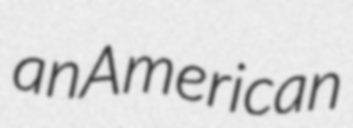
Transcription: an American